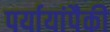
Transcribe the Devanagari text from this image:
पर्यायांपैकी